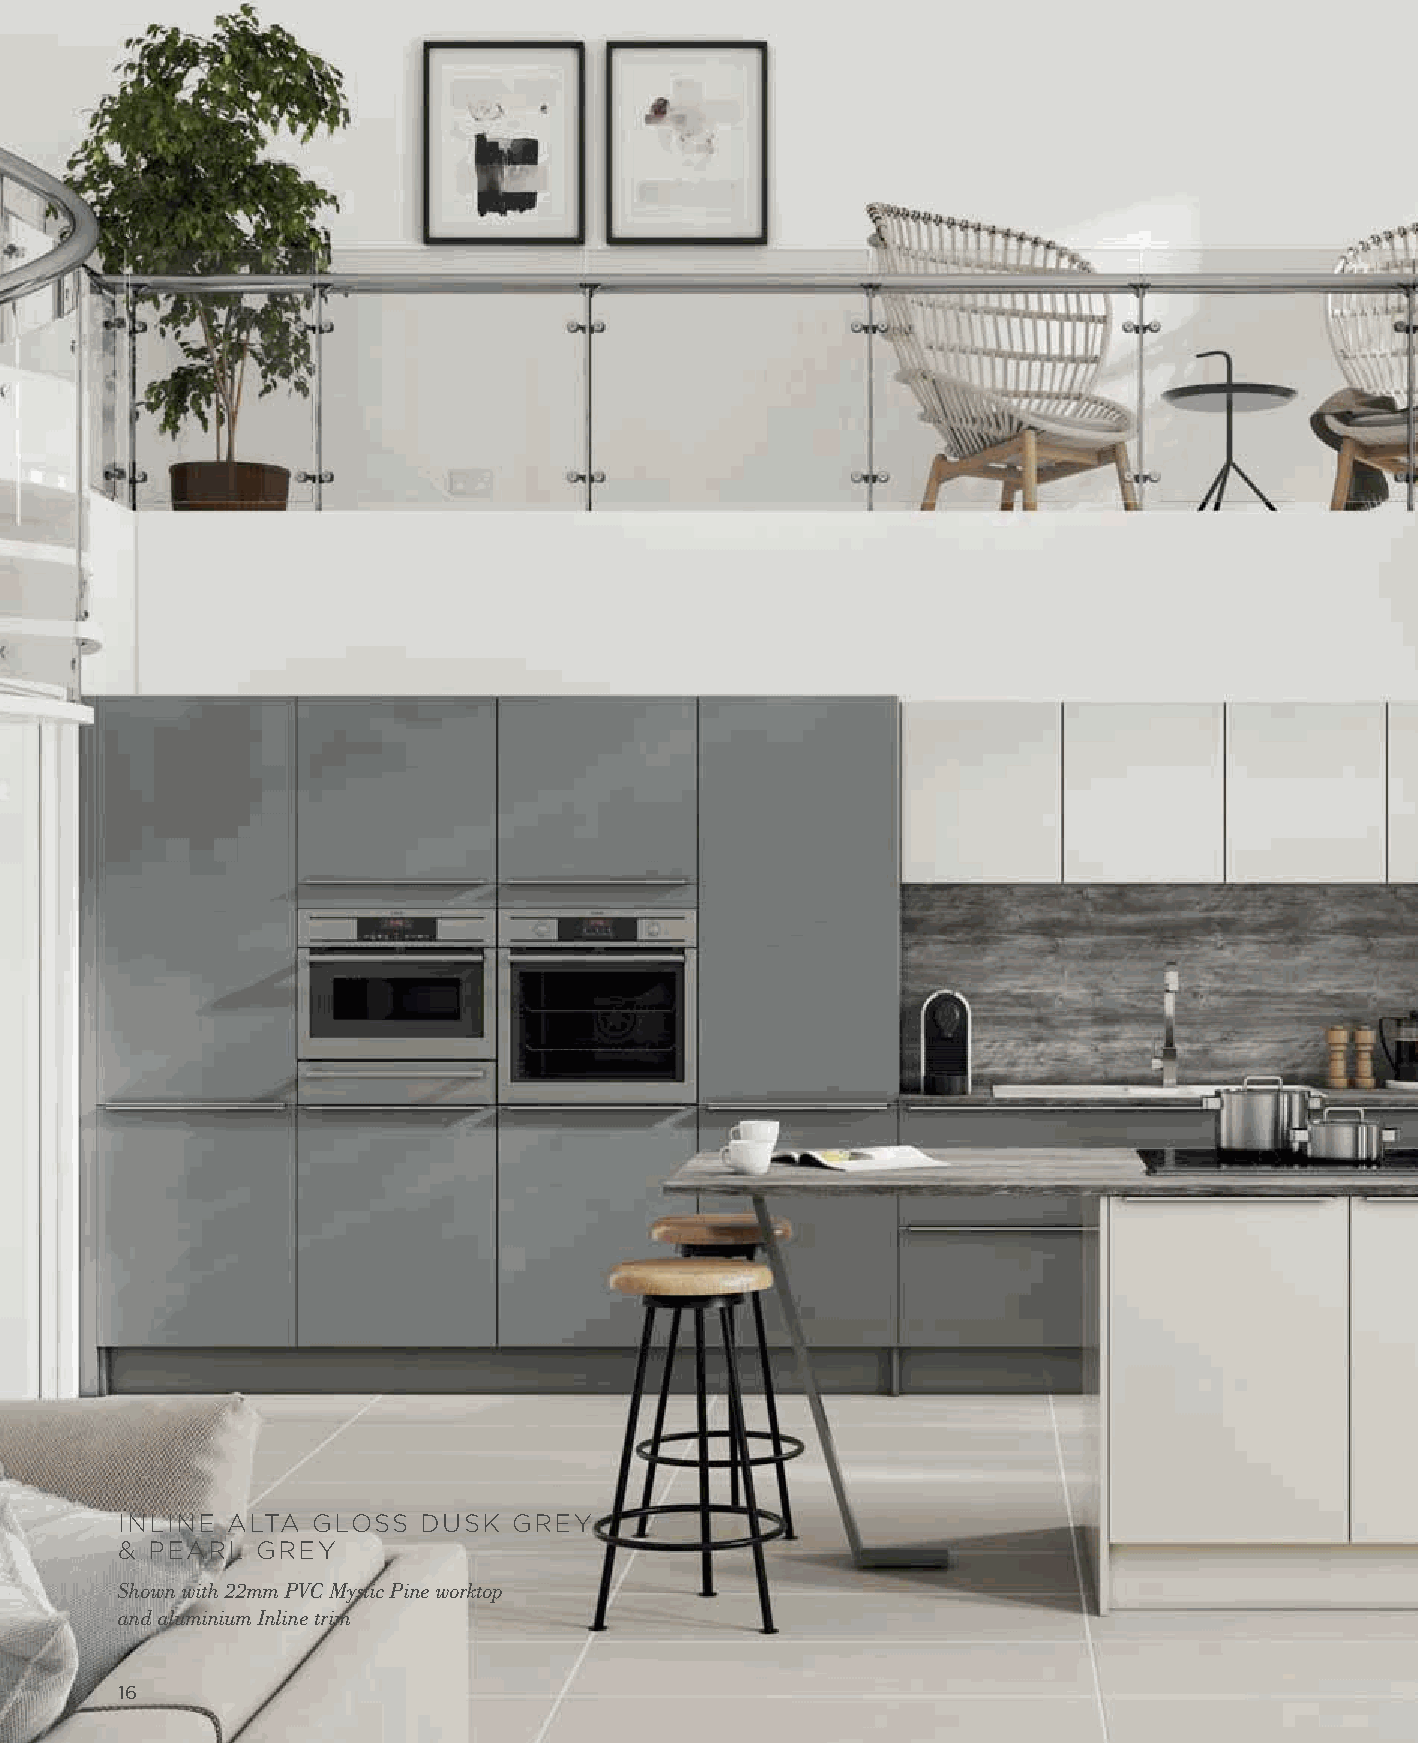
INLINE ALTA  GLOSS  DUSK  GREY
 & PEARL  GREY
 Shown with 22mm PVC Mystic Pine worktop
 and aluminium Inline trim
 16